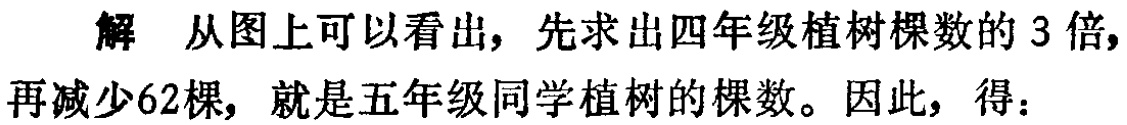
解 从图上可以看出，先求出四年级植树棵数的 3 倍，再减少62棵，就是五年级同学植树的棵数。因此，得：